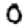
Digit: 0